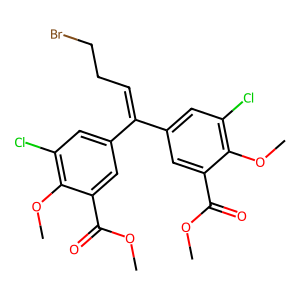
SMILES: COC(=O)c1cc(C(=CCCBr)c2cc(Cl)c(OC)c(C(=O)OC)c2)cc(Cl)c1OC
Inhibits HIV replication: Yes